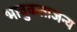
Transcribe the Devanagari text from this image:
भावुकताजन्य